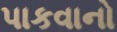
પાકવાનો